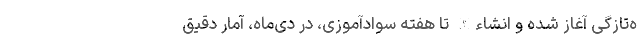
ه‌تازگی آغاز شده و انشاء‌الله تا هفته سوادآموزی، در دی‌ماه، آمار دقیق